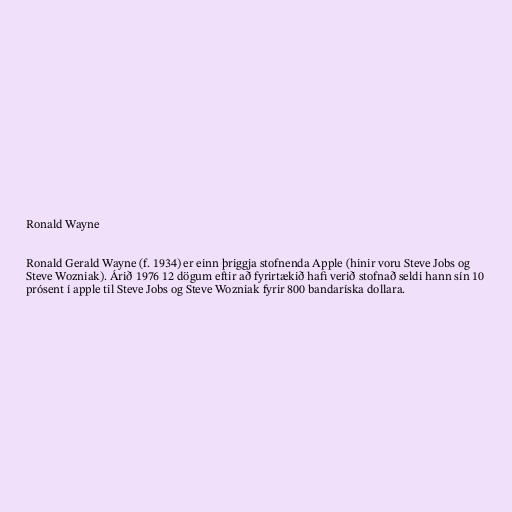
Ronald Wayne

Ronald Gerald Wayne (f. 1934) er einn þriggja stofnenda Apple (hinir voru Steve Jobs og
Steve Wozniak). Árið 1976 12 dögum eftir að fyrirtækið hafi verið stofnað seldi hann sín 10
prósent í apple til Steve Jobs og Steve Wozniak fyrir 800 bandaríska dollara.